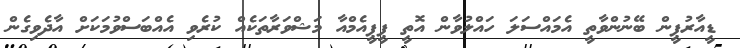
ޑީއާރުޕީން ބޭނުންވާތީ އެމައްސަލަ ހައްލުވާން އޮތީ ޕީޕީއެމްއާ މަޝްވަރާތަކެއް ކުރެވި އެއްބަސްވުމަކަށް އާދެވިގެން